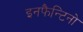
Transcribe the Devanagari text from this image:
इनफैन्टिनो